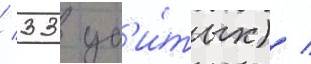
/ 33 уб'и́тых) /